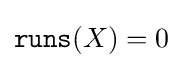
{\mathtt {runs}}(X)=0